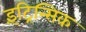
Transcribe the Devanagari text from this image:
इंट्रिन्सिक